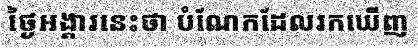
ថ្ងៃអង្គារនេះថា បំណែកដែលរកឃើញ